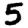
Digit: 5